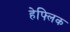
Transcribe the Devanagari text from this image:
हेफ्लिक